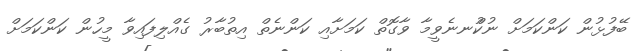
ބޭފުޅުން ކަންކަމަށް ނުކުްނނެވީމާ ވާގޮތް ކަމަށާއި ކަންނެތް އިތުބާރު ގެއްލިފައިވާ މީހުން ކަންކަމަށް